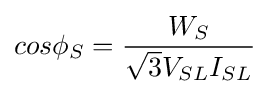
cos\phi _{S}={\frac {W_{S}}{{\sqrt {3}}{V_{SL}}{I_{SL}}}}